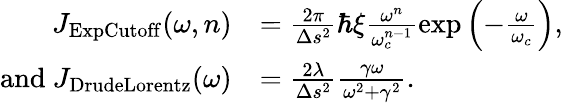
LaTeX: \begin{array}{rl}{J_{\mathrm{ExpCutoff}}(\omega,n)}&{=\frac{2\pi}{\Delta s^{2}}\hbar\xi\frac{\omega^{n}}{\omega_{c}^{n-1}}\exp\left(-\frac{\omega}{\omega_{c}}\right),}\\ {\mathrm{and~}J_{\mathrm{DrudeLorentz}}(\omega)}&{=\frac{2\lambda}{\Delta s^{2}}\frac{\gamma\omega}{\omega^{2}+\gamma^{2}}.}\end{array}